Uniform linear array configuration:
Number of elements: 12
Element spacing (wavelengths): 0.75
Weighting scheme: binomial
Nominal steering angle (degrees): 60
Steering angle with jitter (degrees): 58.518
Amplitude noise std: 0.05
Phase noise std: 0.05

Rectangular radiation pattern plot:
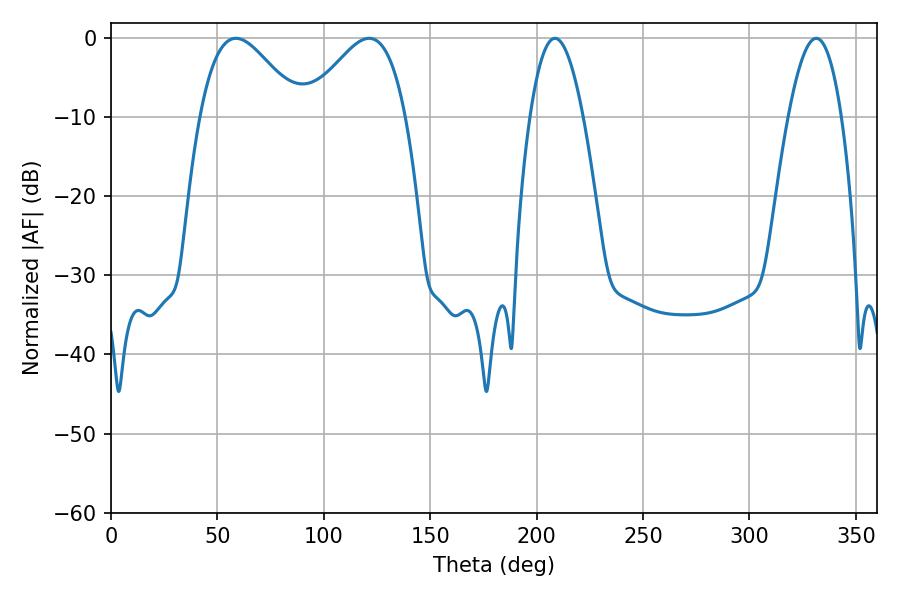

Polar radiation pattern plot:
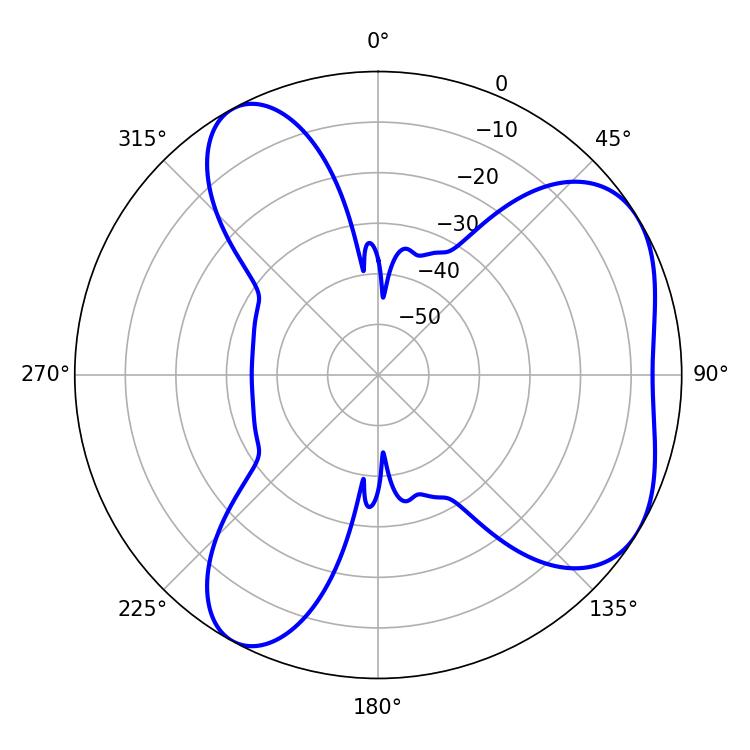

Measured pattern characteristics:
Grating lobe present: TRUE
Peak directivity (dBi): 5.21
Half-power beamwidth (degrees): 13.68
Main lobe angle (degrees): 208.62